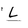
Character: L